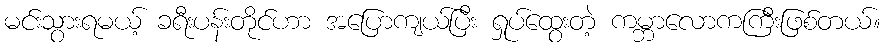
မင်းသွားရမယ့် ခရီးပန်းတိုင်ဟာ အပြောကျယ်ပြီး ရှုပ်ထွေးတဲ့ ကမ္ဘာလောကကြီးဖြစ်တယ်။